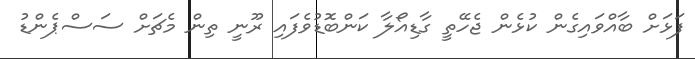
ފަޅަށް ބާއްވައިގެން ކުޅެން ޖެހޭތީ ގާޑިއޯލާ ކަންބޮޑުވެފައި ރޫނީ ތިން މެޗަށް ސަސްޕެންޑު